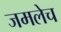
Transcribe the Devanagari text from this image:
जमलेच